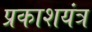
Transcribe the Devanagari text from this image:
प्रकाशयंत्र